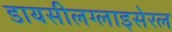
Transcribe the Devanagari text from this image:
डायसीलग्लाइसेरल